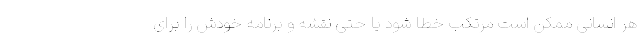
هر انسانی ممکن است مرتکب خطا شود یا حتی نقشه و برنامه خودش را برای